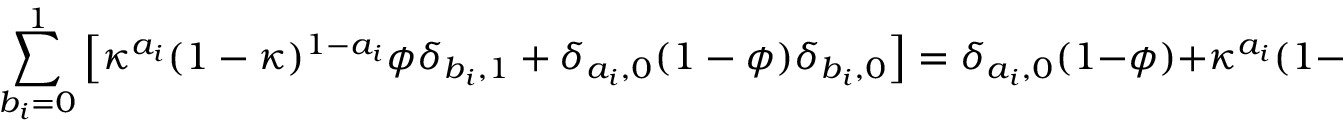
\sum _ { b _ { i } = 0 } ^ { 1 } \left[ \kappa ^ { a _ { i } } ( 1 - \kappa ) ^ { 1 - a _ { i } } \phi \delta _ { b _ { i } , 1 } + \delta _ { a _ { i } , 0 } ( 1 - \phi ) \delta _ { b _ { i } , 0 } \right] = \delta _ { a _ { i } , 0 } ( 1 - \phi ) + \kappa ^ { a _ { i } } ( 1 - \kappa ) ^ { 1 - a _ { i } } \phi = \mathrm { P r } ( a _ { i } ) .